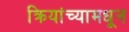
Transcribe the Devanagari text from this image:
क्रियांच्यामधून